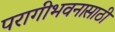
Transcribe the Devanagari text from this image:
परागीभवनासाठी